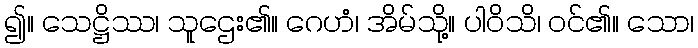
၍။ သေဋ္ဌိဿ၊ သူဌေး၏။ ဂေဟံ၊ အိမ်သို့။ ပါဝိသိ၊ ဝင်၏။ သော၊